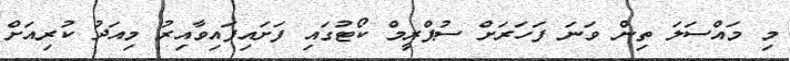
މި މައްސަލަ ތިން ވަނަ ފަހަރަށް ސުޕްރީމް ކޯޓުގައި ފަށައިފައިވާއިރު މިއަދު ކުރިއަށް